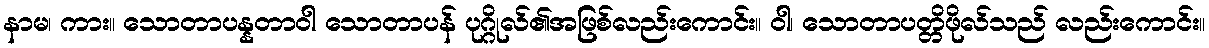
နာမ၊ ကား။ သောတာပန္နတာဝါ သောတာပန် ပုဂ္ဂိုလ်၏အဖြစ်လည်းကောင်း။ ဝါ၊ သောတာပတ္တိဖိုလ်သည် လည်းကောင်း။